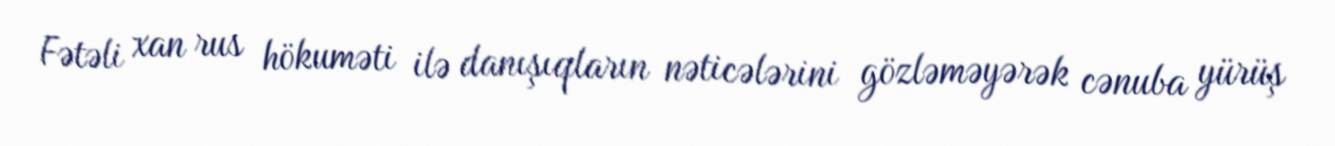
Fətəli xan rus hökuməti ilə danışıqların nəticələrini gözləməyərək cənuba yürüş